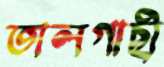
তালগাছী